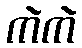
ကဲကဲ